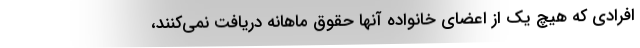
افرادی که هیچ یک از اعضای خانواده آنها حقوق ماهانه دریافت نمی‌کنند،